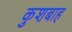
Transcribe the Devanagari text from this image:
कुशबाह